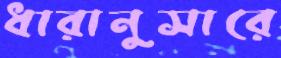
ধারানুসারে